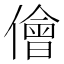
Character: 儈